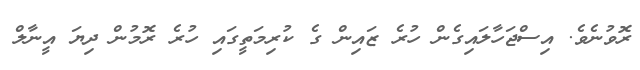
ރޮވުނެވެ. އިސްޖަހާލައިގެން ހުރެ ޒައިން ގެ ކުރިމަތީގައި ހުރެ ރޮމުން ދިޔަ އީނާލް